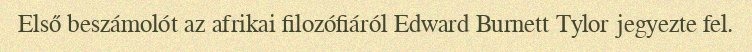
Első beszámolót az afrikai filozófiáról Edward Burnett Tylor jegyezte fel.